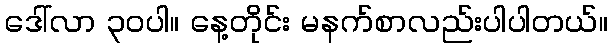
ဒေါ်လာ ၃၀ပါ။ နေ့တိုင်း မနက်စာလည်းပါပါတယ်။